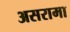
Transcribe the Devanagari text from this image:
असरामा